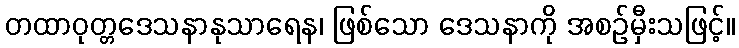
တထာဝုတ္တဒေသနာနုသာရေန၊ ဖြစ်သော ဒေသနာကို အစဉ်မှီးသဖြင့်။